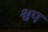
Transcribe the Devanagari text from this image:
श्वप